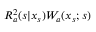
{ \cal R } _ { a } ^ { 2 } ( s | x _ { s } ) { \cal W } _ { a } ( x _ { s } ; s )